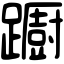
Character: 𨆼